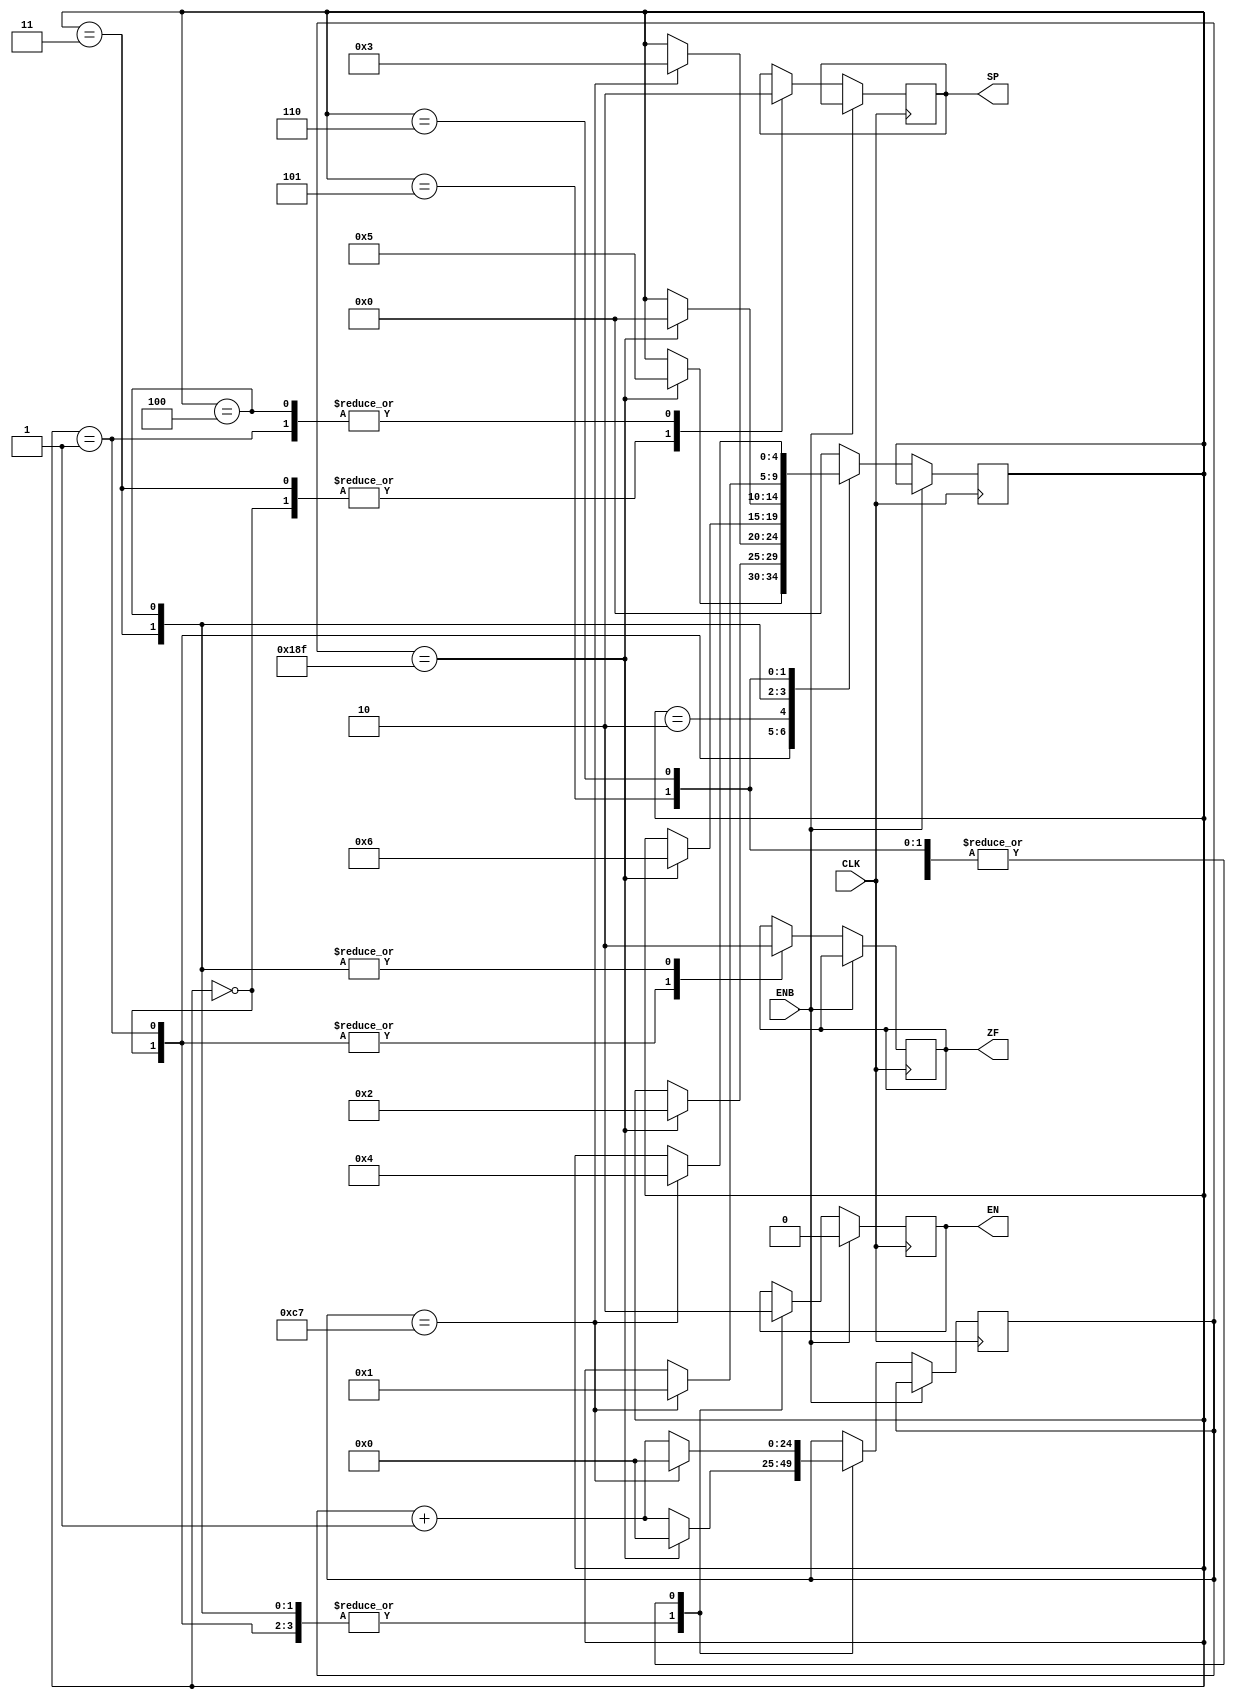
module zhouqi(ENB,CLK,ZF,SP,EN);
  input CLK;
  input ENB;
  output ZF;
  output SP;
  output EN;
  reg ZF; 
  reg SP;
  reg  EN;
  reg[24:0] counter;
  reg[4:0] a1; 
  parameter N=399,H=199,s0=0,s1=1,s2=2,s3=3,s4=4,s5=5,s6=6;
    always @( posedge CLK )
    begin
    if(ENB) 
		begin 
			EN<=0; 
		end
    else
  begin
   case(a1)  
    s0 :begin ZF<=1;
             SP<=1;EN<=1'b1;
              counter<=counter+1'b1;
              if(counter==N) begin counter<=0; a1<=s5; end
       end
    s1 : begin 

       ZF<=1;
             SP<=0;EN<=1'b1;
              counter<=counter+1'b1;
              if(counter==N) begin  counter<=0; a1<=s2; end 
       end
    s2 : begin 

       EN<=0;
              counter<=counter+1'b1;
              if(counter==H) begin counter<=0; a1<=s3; end
       end
    s3 : begin 
       ZF<=0;
             SP<=1;EN<=1'b1;
              counter<=counter+1'b1;
              if(counter==N) begin counter<=0; a1<=s6; end
       end      
      s4 : begin 
       ZF<=0;
             SP<=0;EN<=1'b1;
              counter<=counter+1'b1;
              if(counter==N) begin counter<=0; a1<=s0; end
       end 
       s5 : begin 
       EN<=0;
              counter<=counter+1'b1;
              if(counter==H) begin counter<=0; a1<=s1; end
       end 
       s6 : begin 
       EN<=0;
              counter<=counter+1'b1;
              if(counter==H) begin counter<=0; a1<=s4; end
       end 
       default : a1<=s0;       
    endcase
    end
    end
  endmodule